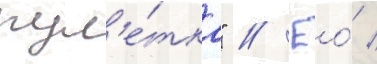
рул'е́тка" // Ео́ /